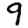
Digit: 9